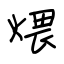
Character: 煨